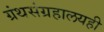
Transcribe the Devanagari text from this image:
ग्रंथसंग्रहालयही